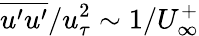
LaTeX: \overline{{u^{\prime}u^{\prime}}}/u_{\tau}^{2}\sim 1/U_{\infty}^{+}